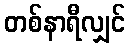
တစ်နာရီလျှင်